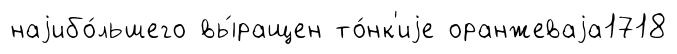
наjибо́льшего вы́ращен то́нк'иjе оранжеваjа1718